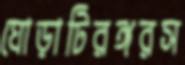
ঘোড়াটিরঙ্গরস